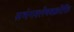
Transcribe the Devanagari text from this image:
सभंगश्लेषवक्रोक्ति